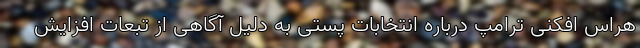
هراس افکنی ترامپ درباره انتخابات پستی به دلیل آگاهی از تبعات افزایش